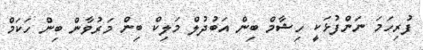
ފުރިހަމަ ނަންފުޅަކީ ހިޝާމް ބިން އަބުދުލް މަލިކް ބިން މަރުވާން ބިން ހަކަމް